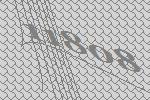
11808